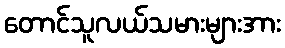
တောင်သူလယ်သမားများအား